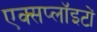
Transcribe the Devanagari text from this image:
एक्सप्लॉइटों